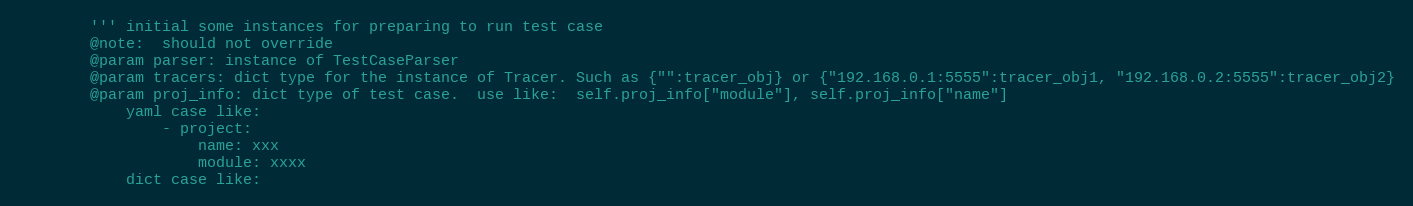
Language: Python
        ''' initial some instances for preparing to run test case
        @note:  should not override
        @param parser: instance of TestCaseParser
        @param tracers: dict type for the instance of Tracer. Such as {"":tracer_obj} or {"192.168.0.1:5555":tracer_obj1, "192.168.0.2:5555":tracer_obj2}
        @param proj_info: dict type of test case.  use like:  self.proj_info["module"], self.proj_info["name"]
            yaml case like:
                - project:
                    name: xxx
                    module: xxxx
            dict case like: